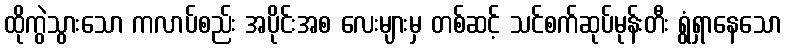
ထိုကွဲသွားသော ကလာပ်စည်း အပိုင်းအစ လေးများမှ တစ်ဆင့် သင်စက်ဆုပ်မုန်းတီး ရွံရှာနေသော